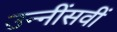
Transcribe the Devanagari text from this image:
उन्नींसवीं